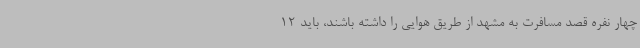
چهار نفره قصد مسافرت به مشهد از طریق هوایی را داشته باشند، باید 12